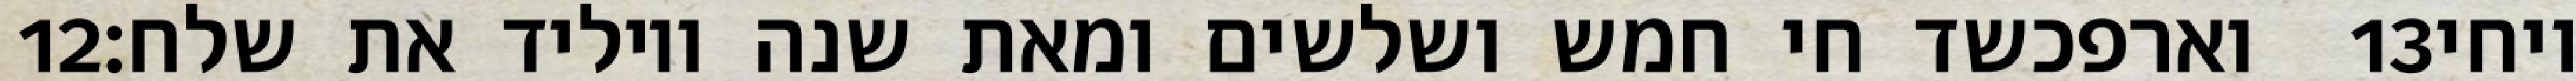
‎12‏ וארפכשד חי חמש ושלשים ומאת שנה ויוליד את שלח׃ ‎13‏ ויחי